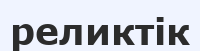
реликтік